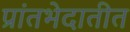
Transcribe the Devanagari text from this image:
प्रांतभेदातीत